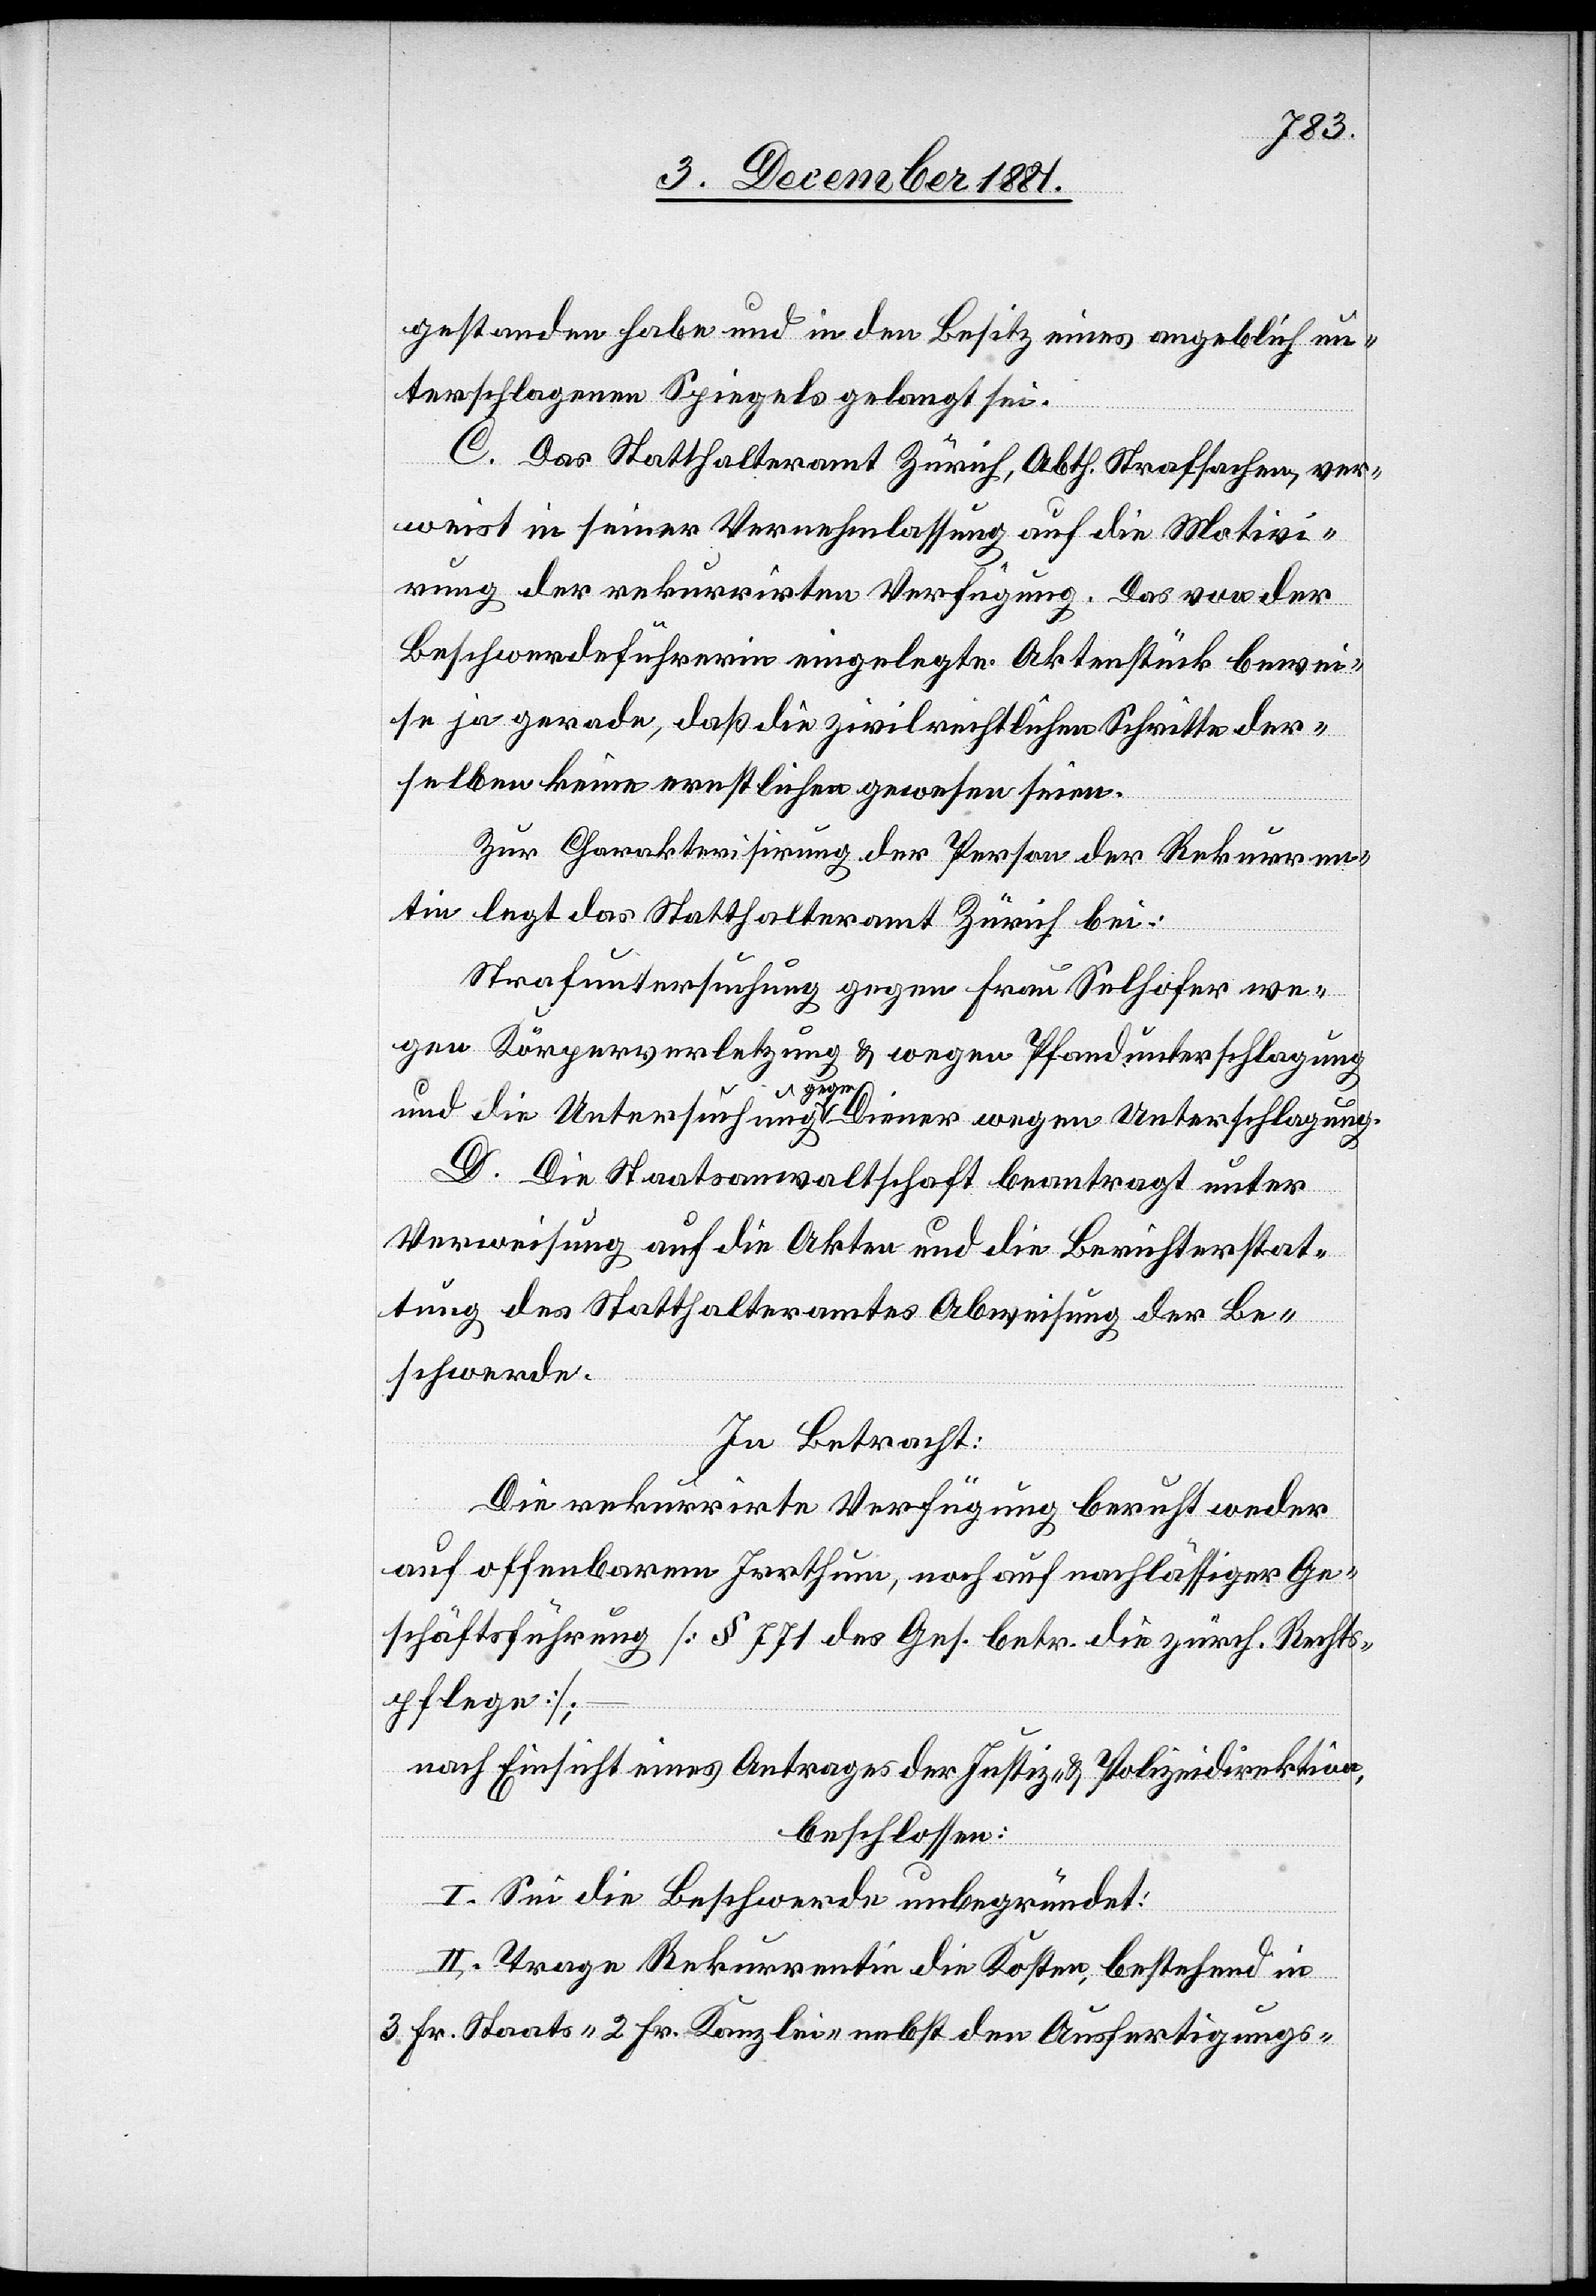
gestanden habe und in den Besitz eines angeblich un¬
terschlagenen Spiegels gelangt sei.
C. Das Statthalteramt Zürich, Abth. Strafsachen, ver¬
weist in seiner Vernehmlassung auf die Motivi¬
rung der rekurrirten Verfügung. Das von der
Beschwerdeführerin eingelegte Aktenstück bewei¬
se ja gerade, daß die zivilrechtlichen Schritte der¬
selben keine ernstlichen gewesen seien.
Zur Charakterisirung der Person der Rekurren¬
tin legt das Statthalteramt Zürich bei:
Strafuntersuchung gegen Frau Selhofer we¬
gen Körperverletzung & wegen Pfandunterschlagung
und die Intersuchung gegen Diener wegen Unterschlagung.
D. Die Staatsanwaltschaft beantragt unter
Verweisung auf die Akten und die Berichterstat¬
tung des Statthalteramtes Abweisung der Be¬
schwerde.
In Betracht:
Die rekurrirte Verfügung beruht weder
auf offenbarem Irrthum, noch auf nachlässiger Ge¬
schäftsführung [§§ 771 des Ges. betr. die zürch. Rechts¬
pflege];
nach Einsicht eines Antrages der Justiz- & Polizeidirektion,
beschlossen:
I. Sei die Beschwerde unbegründet.
II. Trage Rekurrentin die Kosten bestehend in
3 Fr. Staats-[,] 2 Fr. Kanzlei- nebst den Ausfertigungs-